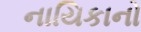
નાયિકાનો